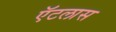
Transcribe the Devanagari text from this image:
ऍटलास